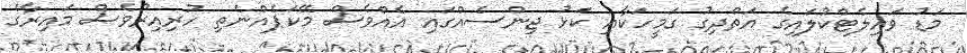
މަޑު ވައިލެޓްކުލައިގެ އަތްދިގު ގަމީހަކާއި ކަޅު ޖިންސެއްގައި އެއްވެސް މޭކަޕެއްނެތި ހުރިއިރުވެސް މައިރާގެ